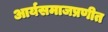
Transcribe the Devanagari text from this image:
आर्यसमाजप्रणीत